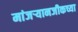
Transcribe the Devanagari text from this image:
मांजर्‍यानजीकच्या